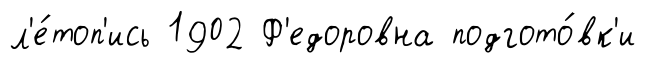
л'е́топ'ись 1902 Ф'едоровна подгото́вк'и